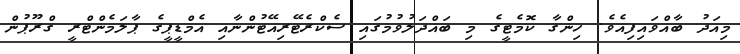
މިއަދު ބާއްވައިފިއެވެ. ހިންގާ ކޮމެޓީގެ މި ބައްދަލުވުމުގައި ސެކްރެޓޭރިއޭޓުންނާއި އެމްޑީޕީގެ ޕާލަމެންޓްރީ ގްރޫޕުން